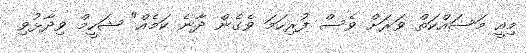
މިއީ މަސައްކަތް ވަރަށް ވެސް ފުރިހަމަ ވެގެން ދާނެ ކަމެއް" ޝަހީމް ވިދާޅުވި